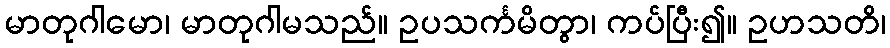
မာတုဂါမော၊ မာတုဂါမသည်။ ဥပသင်္ကမိတွာ၊ ကပ်ပြီး၍။ ဥဟသတိ၊